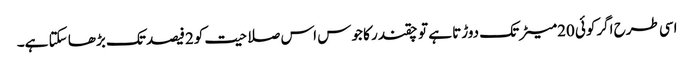
اسی طرح اگرکوئی 20میٹر تک دوڑتا ہے تو چقندر کا جوس اس صلاحیت کو2فیصد تک بڑھا سکتا ہے۔